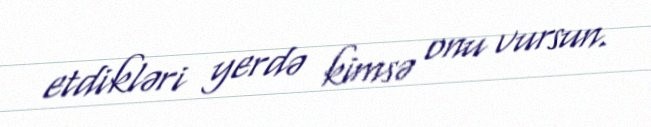
etdikləri yerdə kimsə onu vursun.